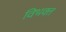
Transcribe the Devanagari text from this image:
विभक्‍त